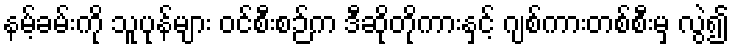
နမ့်ခမ်းကို သူပုန်များ ဝင်စီးစဉ်က ဒီဆိုတိုကားနှင့် ဂျစ်ကားတစ်စီးမှ လွဲ၍